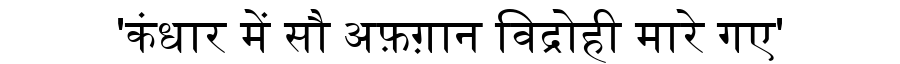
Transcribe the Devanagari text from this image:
'कंधार में सौ अफ़ग़ान विद्रोही मारे गए'